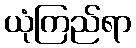
ယုံကြည်ရာ